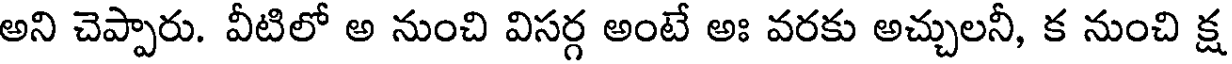
అని చెప్పారు. వీటిలో అ నుంచి విసర్గ అంటే అః వరకు అచ్చులనీ, క నుంచి క్ష